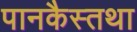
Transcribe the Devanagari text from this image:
पानकैस्तथा